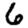
Digit: 6